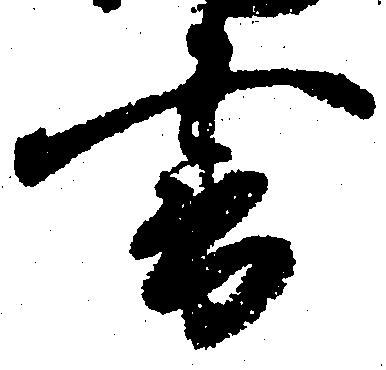
書